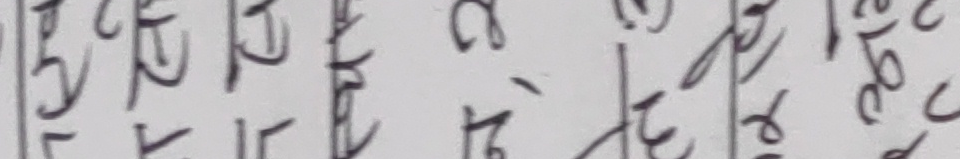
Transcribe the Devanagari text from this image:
१५ देखि २४ वर्ष